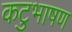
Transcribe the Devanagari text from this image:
कटुभाषण